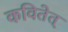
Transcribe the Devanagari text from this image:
कवितेत्